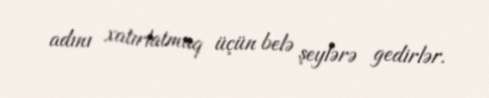
adını xatırlatmaq üçün belə şeylərə gedirlər.